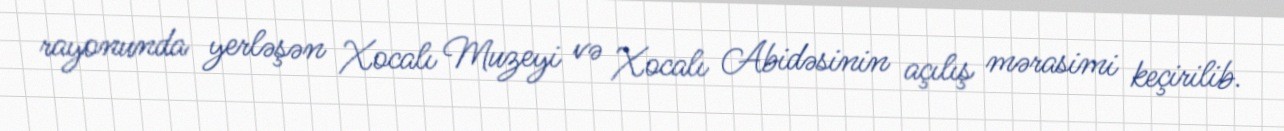
rayonunda yerləşən Xocalı Muzeyi və Xocalı Abidəsinin açılış mərasimi keçirilib.